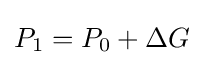
P_{1}=P_{0}+\Delta G